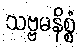
သဗ္ဗမနိစ္စံ